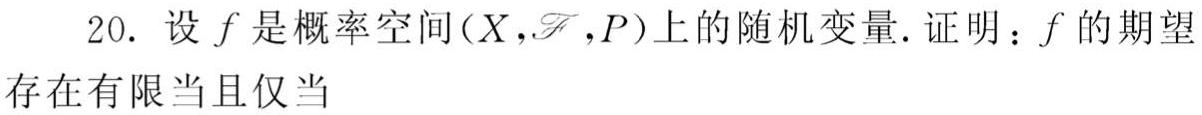
20. 设 \(f\) 是概率空间 \((X,\mathscr{F},P)\) 上的随机变量. 证明：\(f\) 的期望存在有限当且仅当